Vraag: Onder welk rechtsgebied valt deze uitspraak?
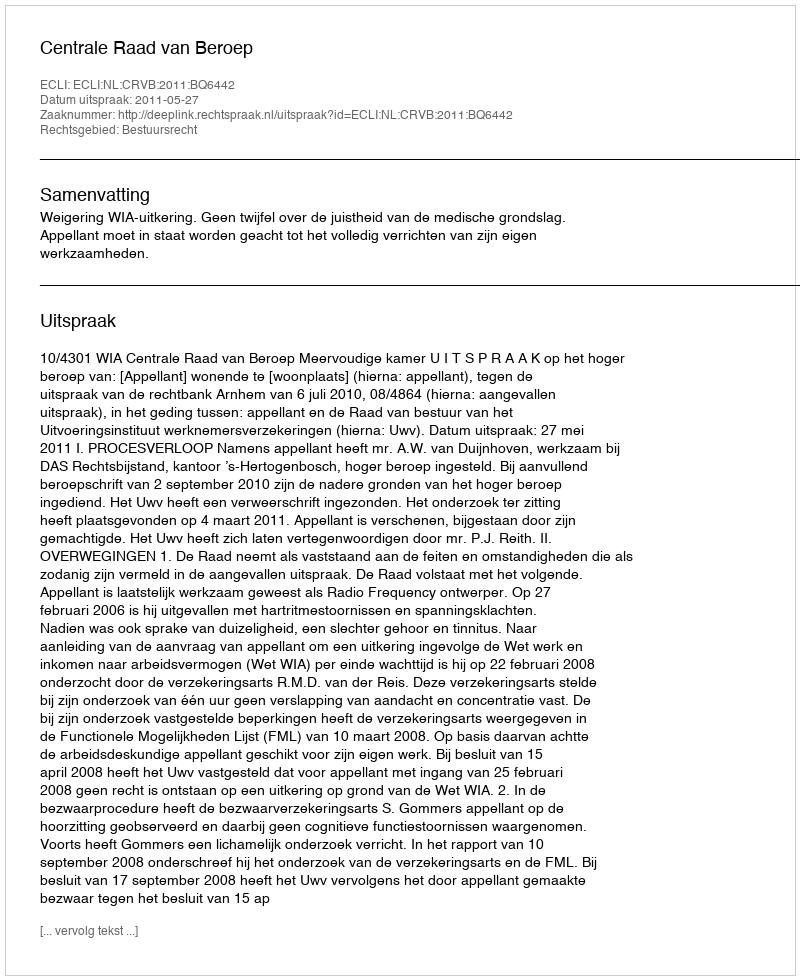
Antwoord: Bestuursrecht